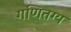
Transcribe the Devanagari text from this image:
गणितग्य